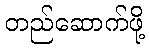
တည်ဆောက်ဖို့